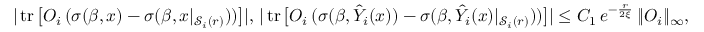
\begin{array} { r } { | \operatorname { t r } \big [ O _ { i } \, ( \sigma ( \beta , x ) - \sigma ( \beta , x | _ { \mathcal { S } _ { i } ( r ) } ) ) \big ] | , \, | \operatorname { t r } \big [ O _ { i } \, ( \sigma ( \beta , \hat { Y } _ { i } ( x ) ) - \sigma ( \beta , \hat { Y } _ { i } ( x ) | _ { \mathcal { S } _ { i } ( r ) } ) ) \big ] | \le C _ { 1 } \, e ^ { - \frac { r } { 2 \xi } } \, \| O _ { i } \| _ { \infty } , } \end{array}